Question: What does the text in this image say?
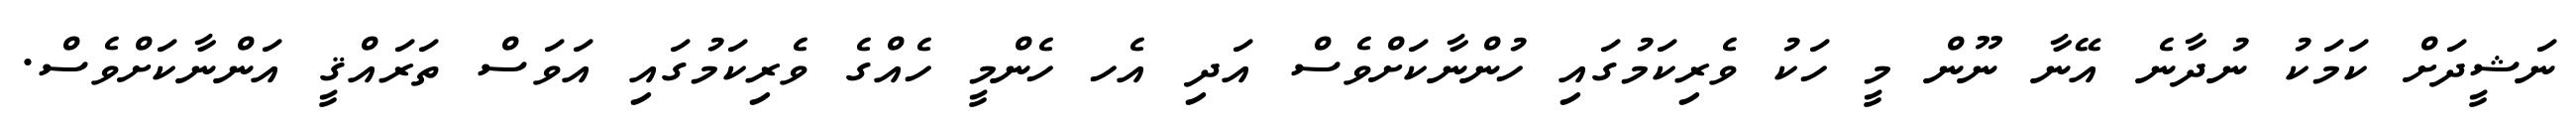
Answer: ނަޝީދަށް ކަމަކު ނުދާނެ އޭނާ ނޫން މީ ހަކު ވެރިކަމުގައި ހުންނާކަށްވެސް އަދި އެހ ހެންމީ ހެއްގެ ވެރިކަމުގައި އަވަސް ތަރައްޤީ އަންނާކަށްވެސް.